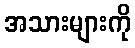
အသားများကို